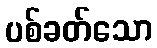
ပစ်ခတ်သော